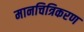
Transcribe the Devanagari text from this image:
मानचित्रिकरण